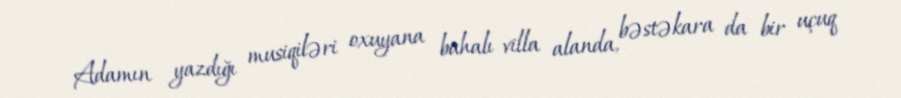
Adamın yazdığı musiqiləri oxuyana bahalı villa alanda, bəstəkara da bir uçuq